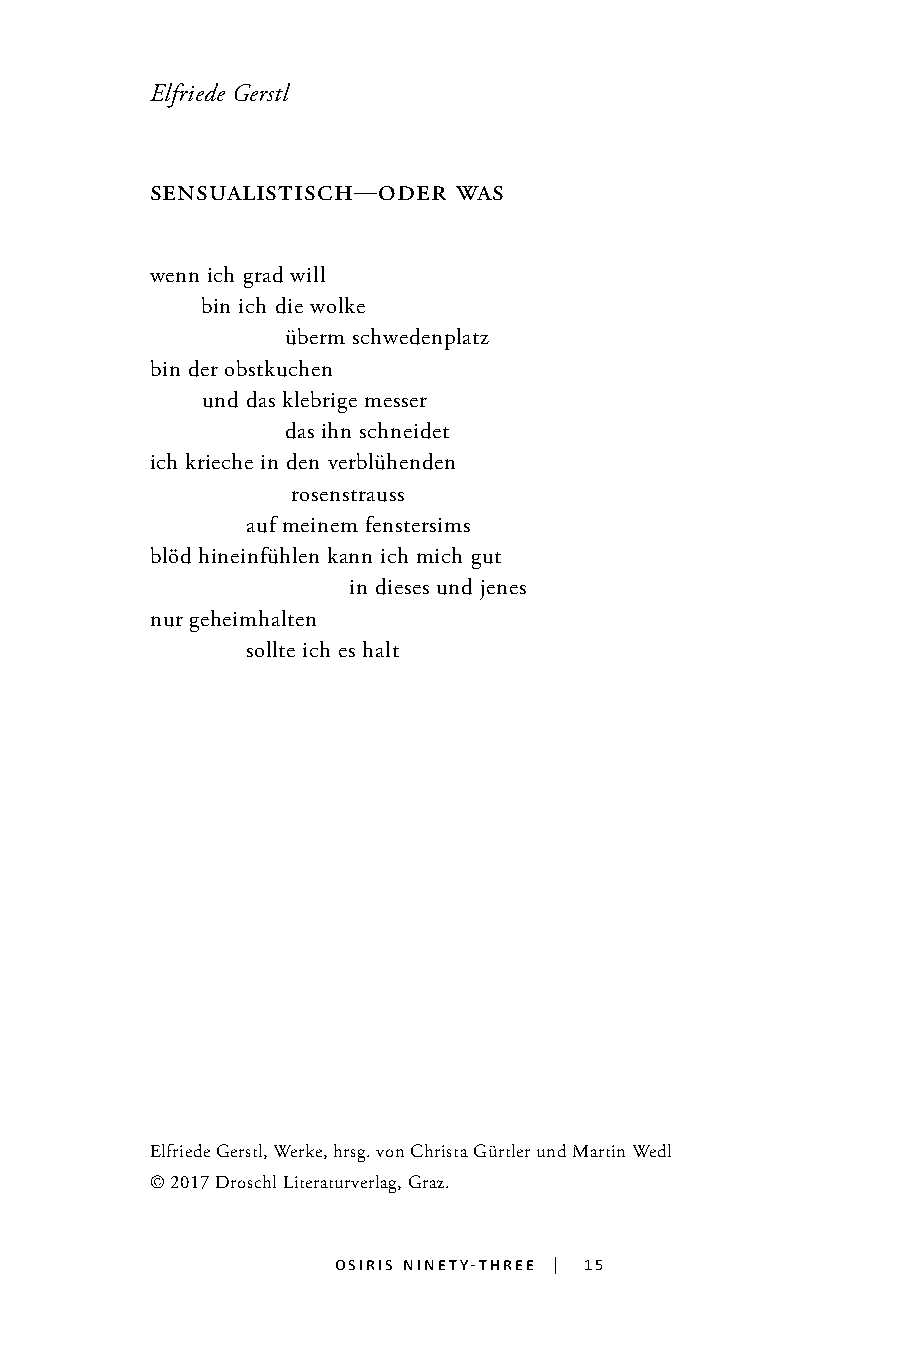
Elfriede Gerstl
 sensualistisch-oder was
 wenn ich grad will
 bin ich die wolke
 überm schwedenplatz
 bin der obstkuchen
 und das klebrige messer
 das ihn schneidet
 ich krieche in den verblühenden
 rosenstrauss
 auf meinem fenstersims
 blöd hineinfühlen kann ich mich gut
 in dieses und jenes
 nur geheimhalten                                    15
 sollte ich es halt
 Elfriede Gerstl, Werke, hrsg. von Christa Gürtler und Martin Wedl
 © 2017 Droschl Literaturverlag, Graz.
 osiris ninety-three | 15